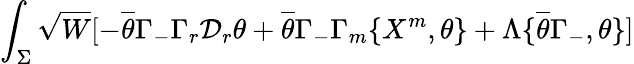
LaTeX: \int_{\Sigma}\sqrt{W}[-\overline{{{\theta}}}\Gamma_{-}\Gamma_{r}\mathcal{D}_{r}\theta+\overline{{{\theta}}}\Gamma_{-}\Gamma_{m}\{ X^{m},\theta\} +\Lambda\{ \overline{{{\theta}}}\Gamma_{-},\theta\} ]